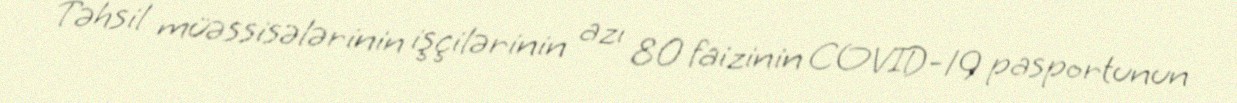
Təhsil müəssisələrinin işçilərinin azı 80 faizinin COVID-19 pasportunun